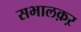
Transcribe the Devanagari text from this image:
सभालक़ऱ